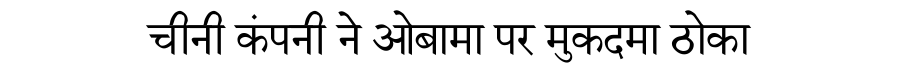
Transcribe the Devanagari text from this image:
चीनी कंपनी ने ओबामा पर मुकदमा ठोका